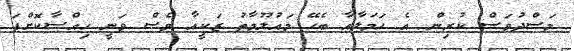
މަސްދުވަސްް ކުރިން އެ ހަމަލާއާ ބެހޭ މައުލޫމާތު ޒަކީއާ ވެސް ވަނީ ހިއްސާކޮށްފަ